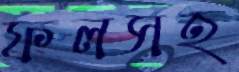
ফলসহ